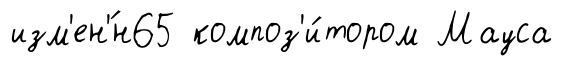
изм'ен'́н65 композ'и́тором Мауса